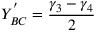
Y _ { B C } ^ { ' } = \frac { \gamma _ { 3 } - { \gamma _ { 4 } } } { 2 }